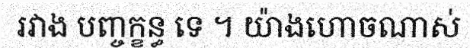
រវាង បញ្ចក្ខន្ធ ទេ ។ យ៉ាងហោចណាស់